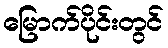
မြောက်ပိုင်းတွင်